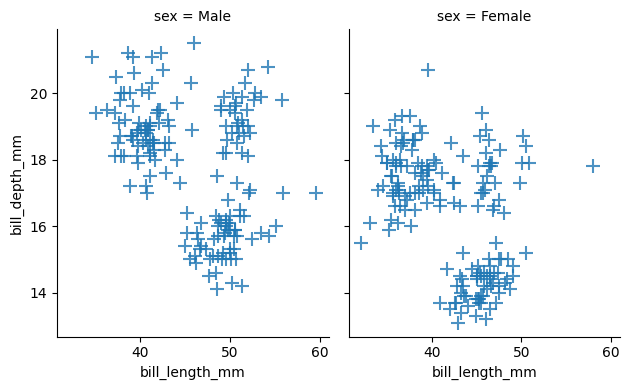
python, seaborn, lmplot, aspect=0.8, order=1, markers='+'